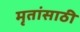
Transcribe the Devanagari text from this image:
मृतांसाठी